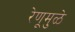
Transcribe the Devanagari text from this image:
रेणूमुळे